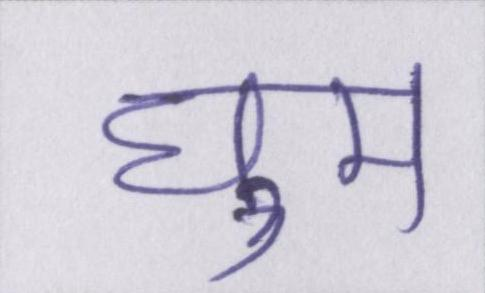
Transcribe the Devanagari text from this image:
घुम